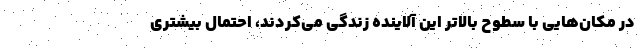
در مکان‌هایی با سطوح بالاتر این آلاینده زندگی می‌کردند، احتمال بیشتری